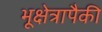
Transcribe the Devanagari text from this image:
भूक्षेत्रापैकी